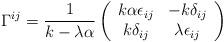
LaTeX: \begin{align*}\Gamma^{ij} = \frac{1}{k - \lambda \alpha}\left( \begin{array}{cc}k \alpha \epsilon_{ij} & - k \delta_{ij} \\ k \delta_{ij} & \lambda \epsilon_{ij} \end{array}\right)\end{align*}